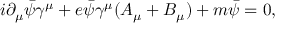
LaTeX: i \partial _ { \mu } { \bar { \psi } } \gamma ^ { \mu } + e { \bar { \psi } } \gamma ^ { \mu } ( A _ { \mu } + B _ { \mu } ) + m { \bar { \psi } } = 0 ,